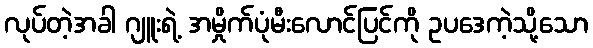
လုပ်တဲ့အခါ ဂျူးရဲ့ အမှိုက်ပုံမီးလောင်ပြင်ကို ဥပဒေကဲ့သို့သော